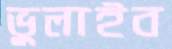
ভুলাইব